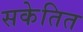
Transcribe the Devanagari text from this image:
सकेतित